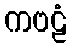
ကဗဠံ